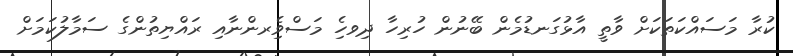
ކުރާ މަސައްކަތަކަށް ވާތީ އާޅުގަނޑުމެން ބޭނުން ހުރިހާ ދިވހެި މަސްވެިރންނާއި ރައްޔިތުންގެ ސަމާލުކަމަށް